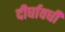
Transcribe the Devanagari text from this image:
दीर्घावधी